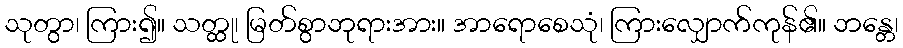
သုတွာ၊ ကြား၍။ သတ္ထု၊ မြတ်စွာဘုရားအား။ အာရောစေသုံ၊ ကြားလျှောက်ကုန်၏။ ဘန္တေ၊